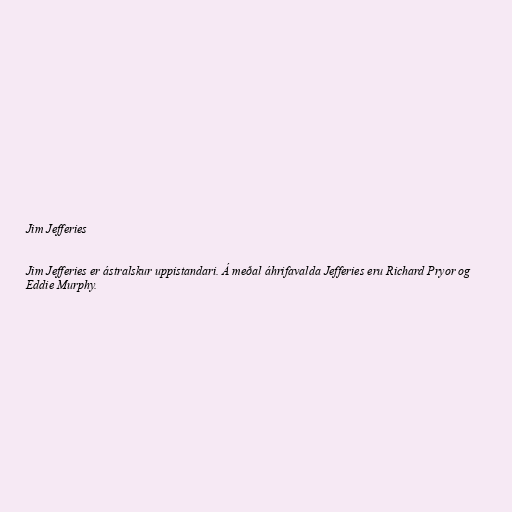
Jim Jefferies

Jim Jefferies er ástralskur uppistandari. Á meðal áhrifavalda Jefferies eru Richard Pryor og
Eddie Murphy.